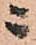
ニ